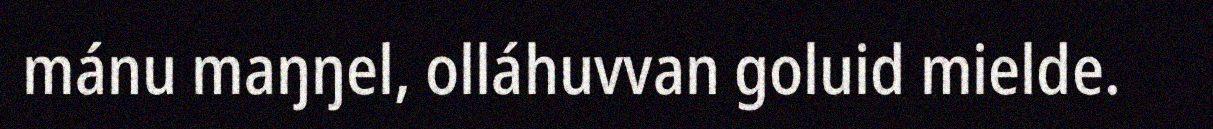
mánu maŋŋel, olláhuvvan goluid mielde.